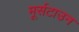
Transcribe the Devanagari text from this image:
मूर्सटाउन